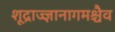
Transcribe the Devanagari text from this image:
शूद्राज्ज्ञानागमश्चैव